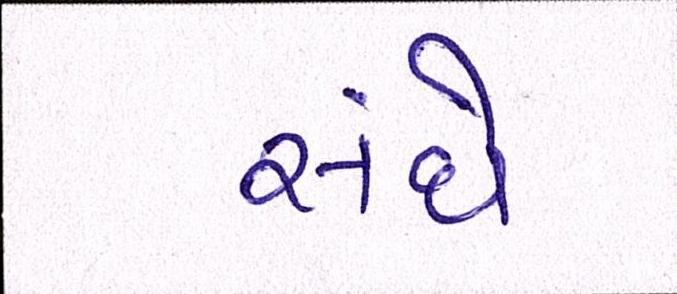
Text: સંઘે